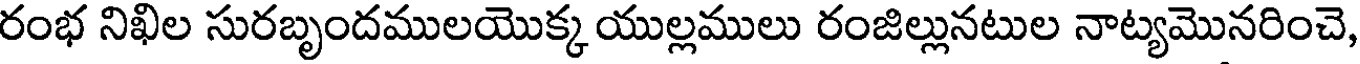
రంభ నిఖిల సురబృందములయొక్క యుల్లములు రంజిల్లునటుల నాట్యమొనరించె,